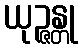
ယုဉ္ဇန္တု